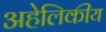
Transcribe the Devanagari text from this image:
अहेलिकीय